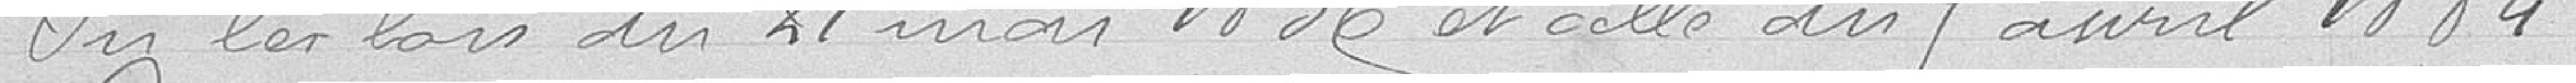
Vu les lois du 21 mai 1836 et celle du 9 avril 1884